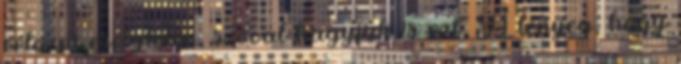
célozni esélytelen, szóval hagyjuk is ezt. A lényeg, hogy